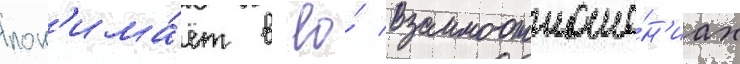
пон'има́ет в ео́ взаимоотноше́н'иах